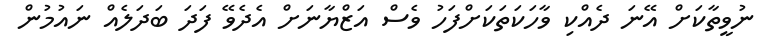
ނުވީތާކަށް އޭނަ ދެއްކި ވާހަކަތަކަށްފަހު ވެސް އަޒްޔާނަށް އެދެވޭ ފަދަ ބަދަލެއް ނައުމުން